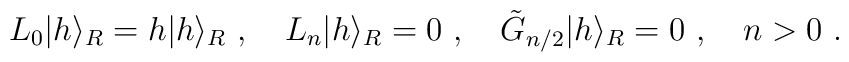
L_0\vert h\rangle_R =h\vert h\rangle_R{}~,{}~{}~{}~L_n\vert h\rangle_R =0{}~,{}~{}~{}~ \tilde G_{n/2}\vert h\rangle_R =0{}~,{}~{}~{}~n>0{}~.